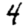
Digit: 4